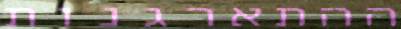
ההתארגנות